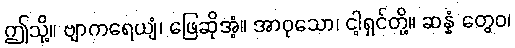
ဤသို့။ ဗျာကရေယျံ၊ ဖြေဆိုအံ့။ အာဝုသော၊ ငါ့ရှင်တို့။ ဆန္နံ တွေဝ၊